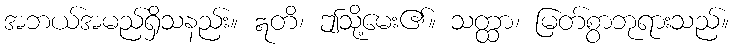
အဘယ်အမည်ရှိသနည်း။ ဣတိ၊ ဤသို့မေး၏။ သတ္ထာ၊ မြတ်စွာဘုရားသည်။